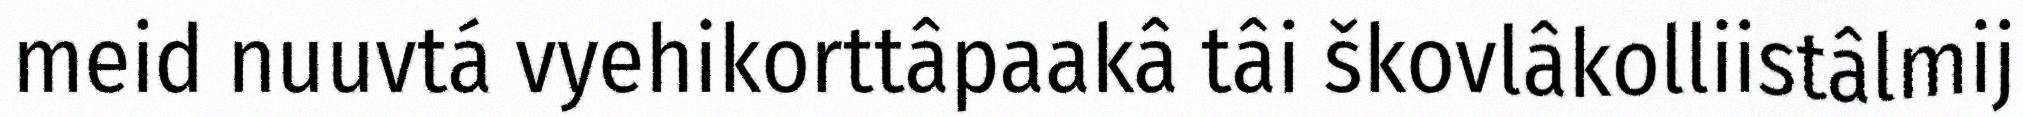
meid nuuvtá vyehikorttâpaakâ tâi škovlâkolliistâlmij